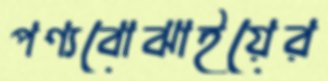
পণ্যবোঝাইয়ের